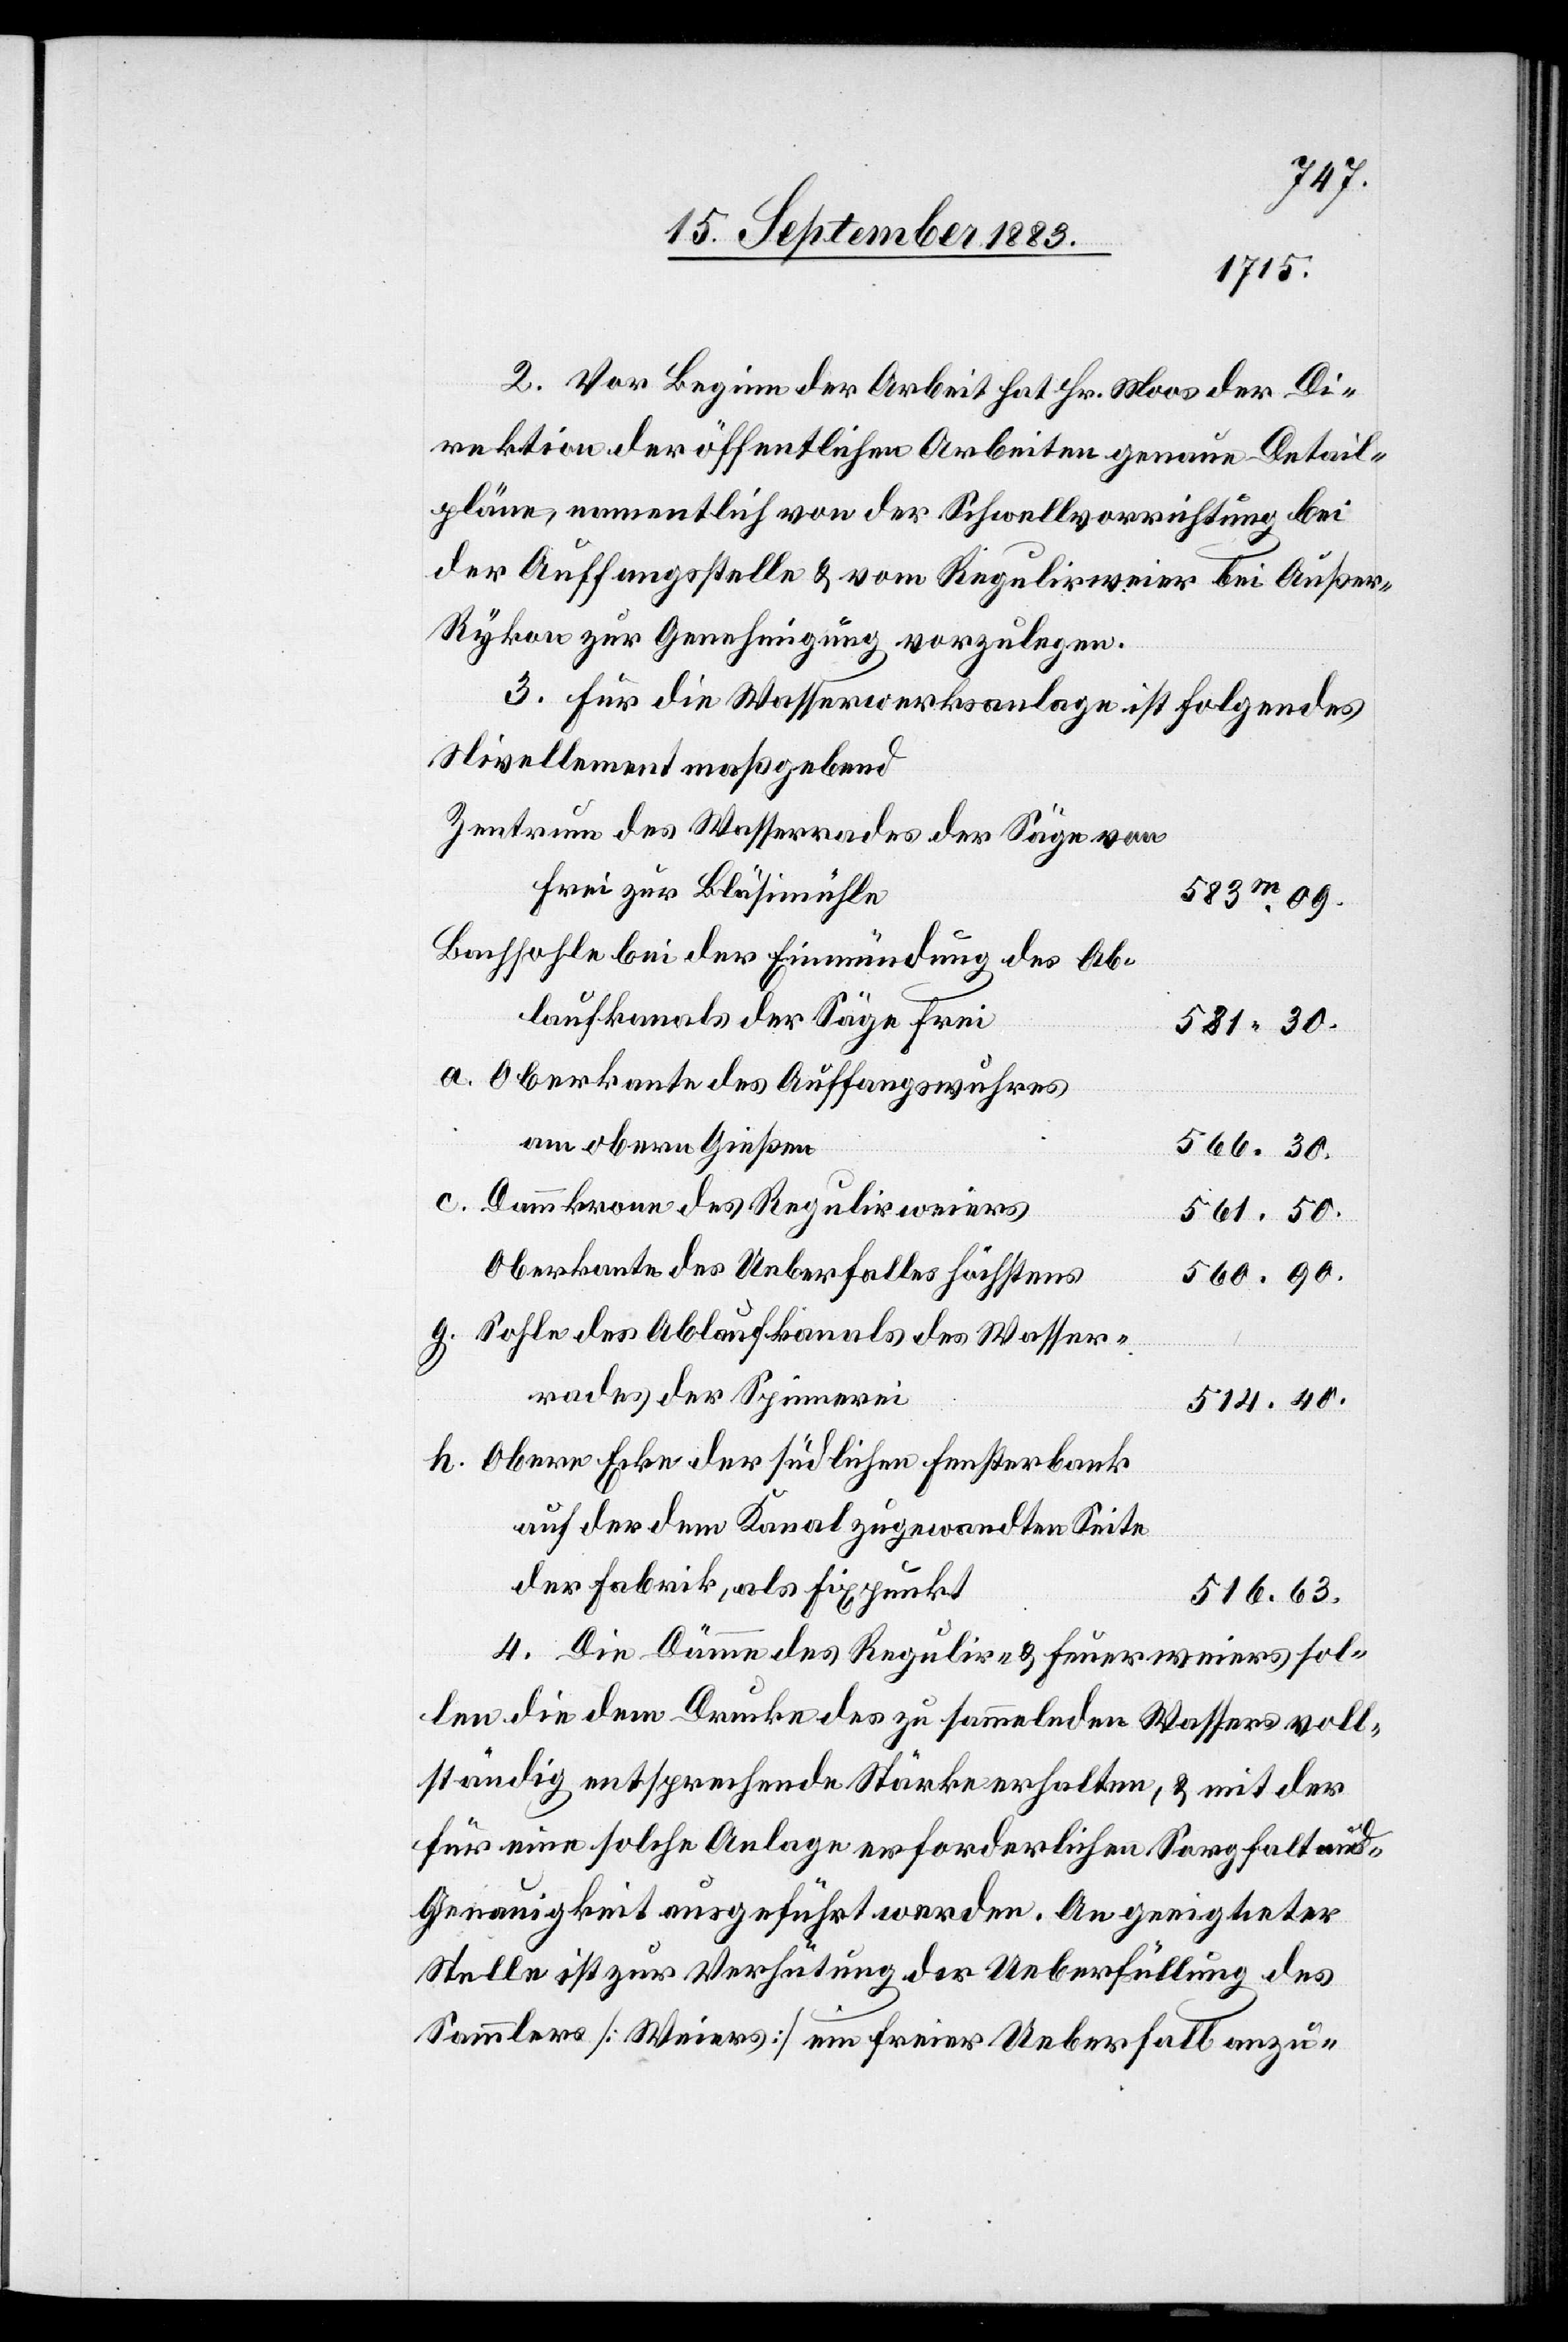
2. Vor Beginn der Arbeit hat Hr. Moos der Di¬
rektion der öffentlichen Arbeiten genaue Detail¬
pläne, namentlich von der Schwellvorrichtung bei
der Auffangsstelle & vom Regulirweier bei Auße¬
r-Rykon zur Genehmigung vorzulegen.
3. Für die Wasserwerksanlage ist folgendes
Nivellement maßgebend:
Zentrum des Wasserrades der Säge von
Frei zur Bläsimühle
583.09
Bachsohle bei der Einmündung des Ab¬
laufkanals der Säge Frei
581.30
a. Oberkante des Auffangswuhres
am obern Gießen
566.30
c. Dammkrone des Regulirweiers
561.50
Oberkante des Ueberfalles höchstens
560.90
g. Sohle des Ablaufkanals des Wasser¬
rades der Spinnerei
514.40
h. Obere Ecke der südlichen Fensterbank
auf der dem Kanal zugewandten Seite
der Fabrik als Fixpunkt
516.63
4. Die Dämme des Regulir- & Feuerweiers sol¬
len die dem Drucke des zu sammelnden Wassers voll¬
ständig entsprechende Stärke erhalten, & mit der
für eine solche Anlage erforderlichen Sorgfalt und
Genauigkeit ausgeführt werden. An geeigneter
Stelle ist zur Verhütung der Ueberfüllung des
Sammlers [Weiers] ein freier Ueberfall anzu-